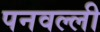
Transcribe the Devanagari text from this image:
पनवल्ली